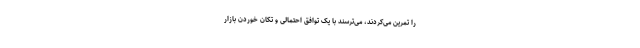
را تمرین می‌کردند، می‌ترسند با یک توافق احتمالی و تکان خوردن بازار